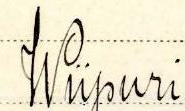
Wiipuri